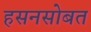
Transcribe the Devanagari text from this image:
हसनसोबत